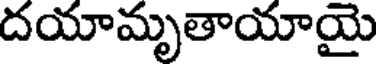
దయామృతాయాయై